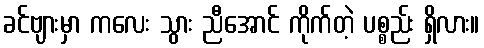
ခင်ဗျားမှာ ကလေး သွား ညီအောင် ကိုက်တဲ့ ပစ္စည်း ရှိလား။